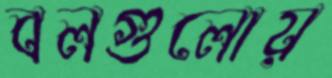
বলগুলোয়